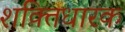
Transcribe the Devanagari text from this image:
शक्तिधारक